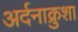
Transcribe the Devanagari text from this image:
अर्दनाक्रुशा